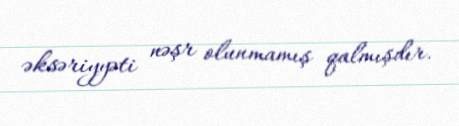
əksəriyyəti nəşr olunmamış qalmışdır.